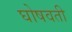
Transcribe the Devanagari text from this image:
घोषवती